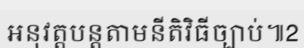
អនុវត្តបន្តតាមនីតិវិធីច្បាប់៕2